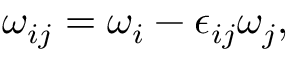
\omega _ { i j } = \omega _ { i } - \epsilon _ { i j } \omega _ { j } ,